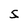
Character: S